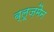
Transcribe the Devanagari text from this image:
ब्लूज़मैन